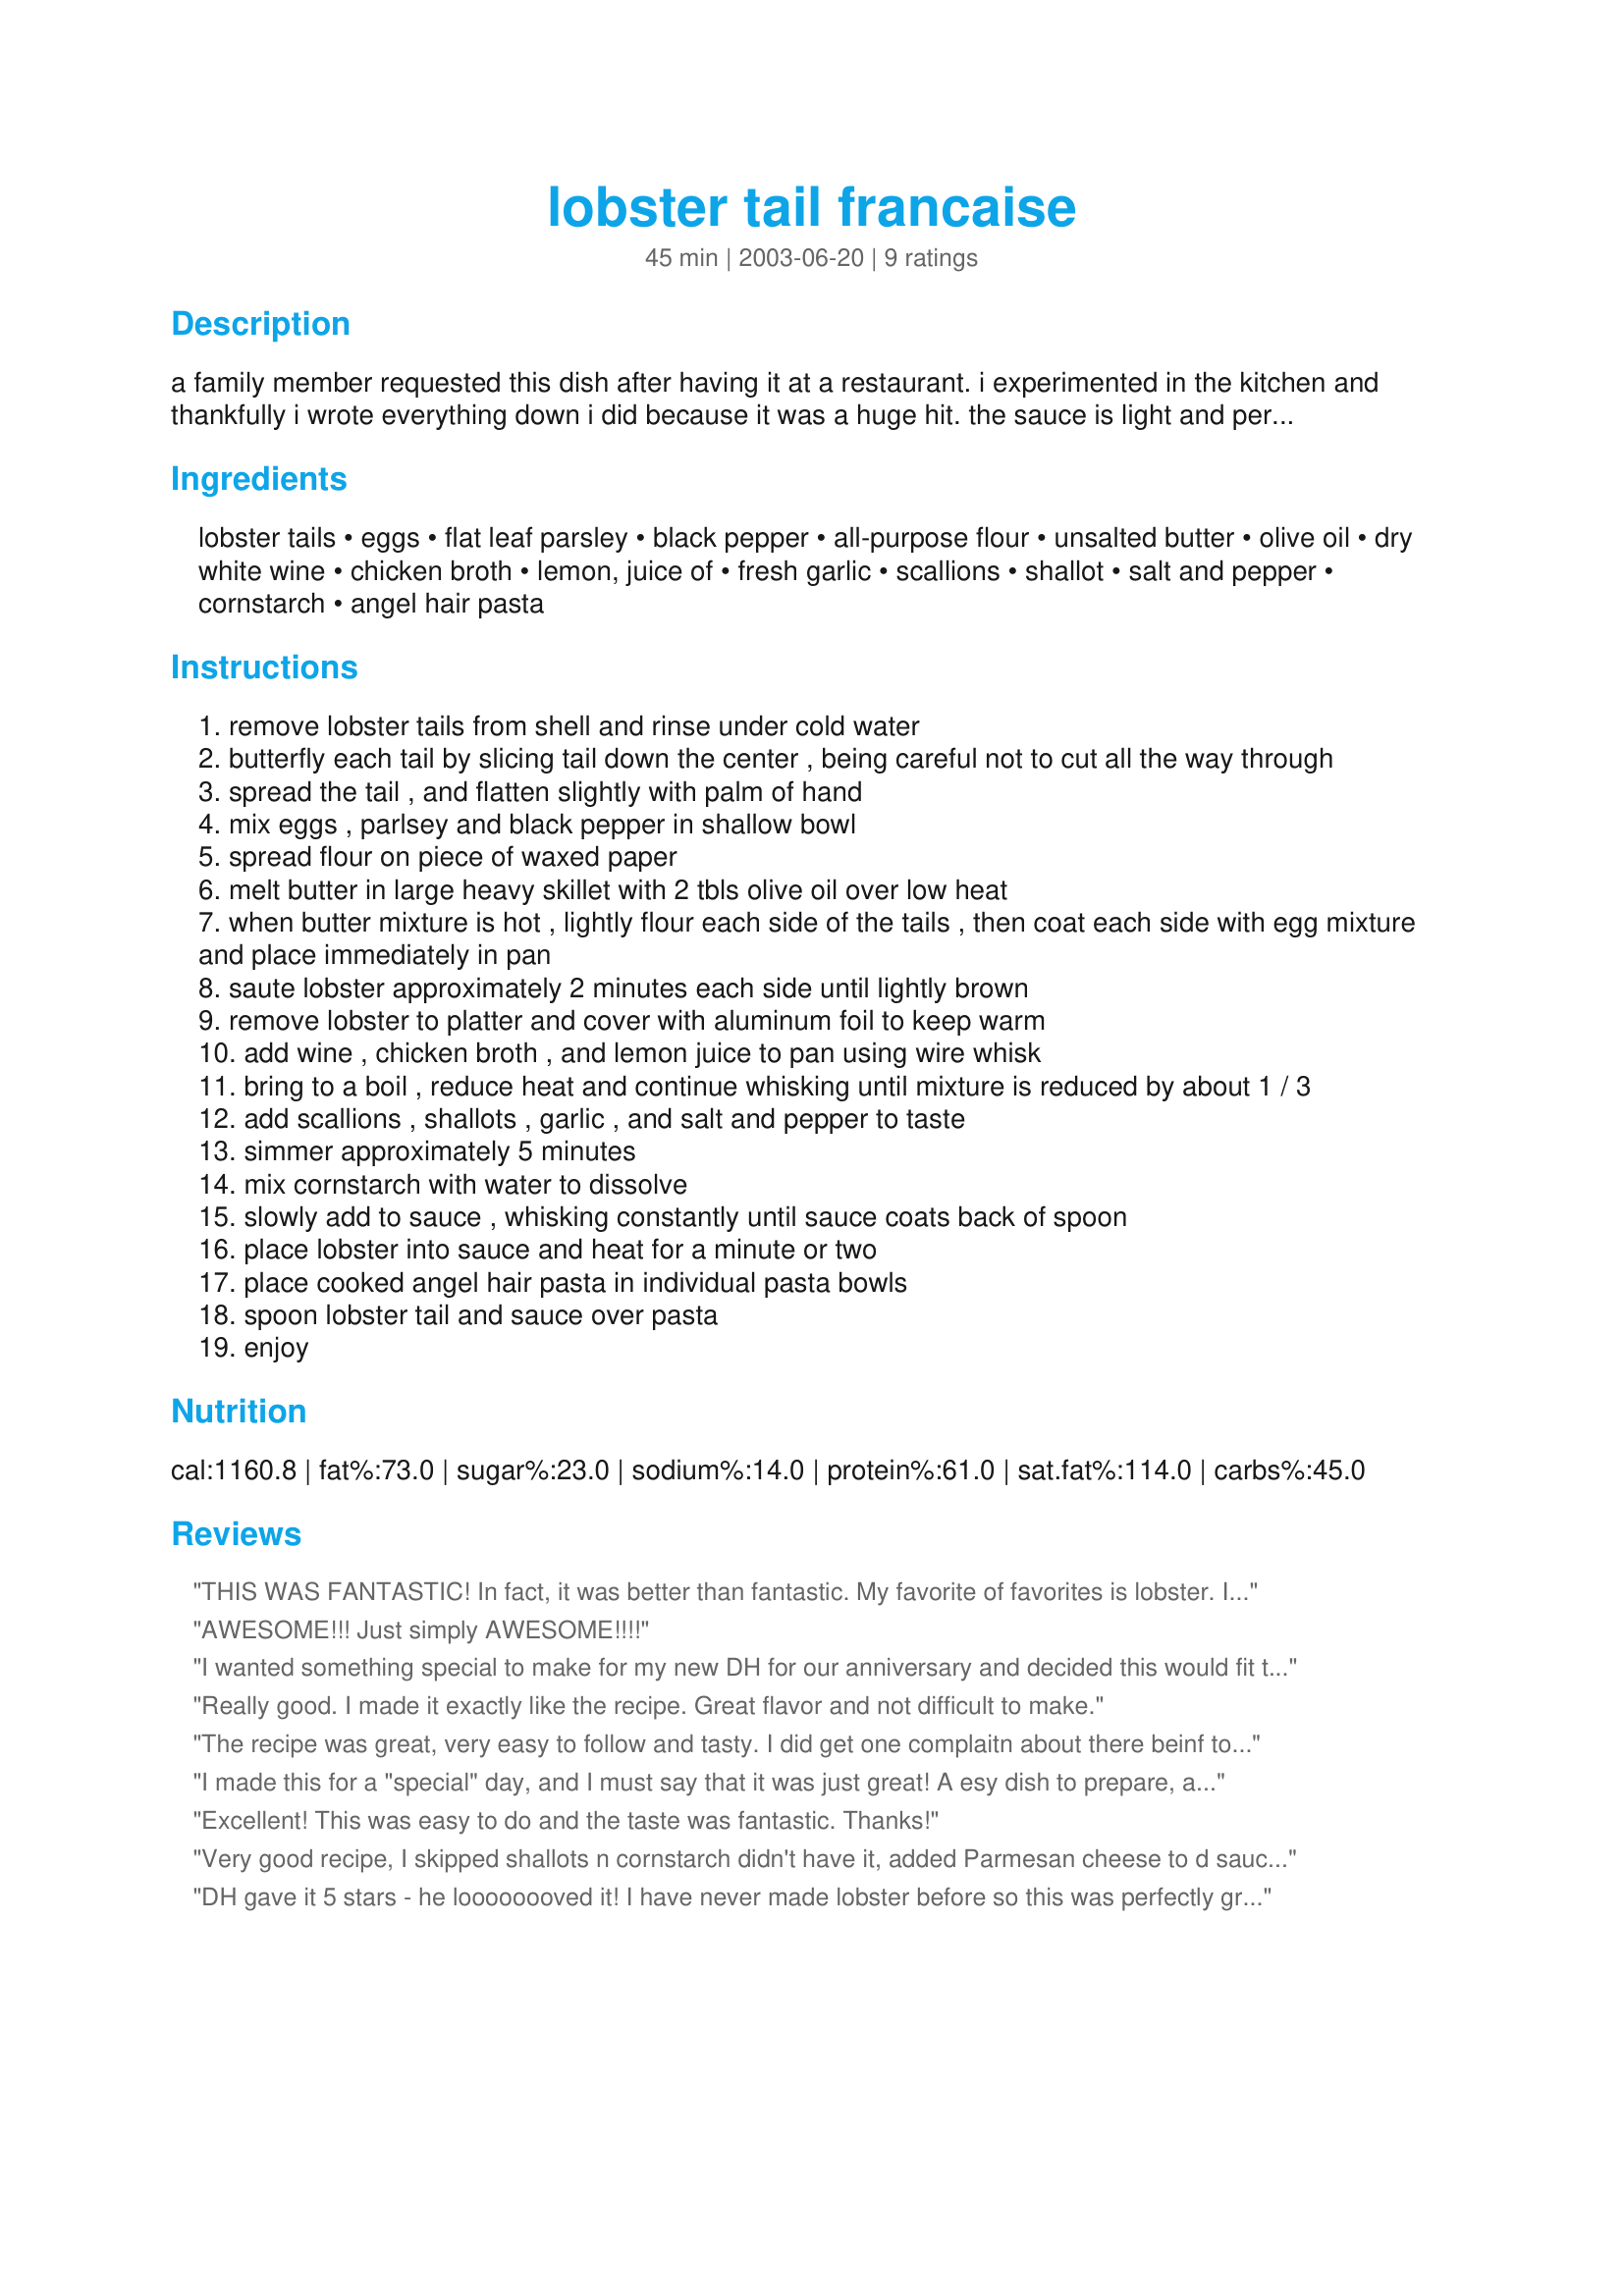
lobster tail francaise
Preparation time: 45 minutes

a family member requested this dish after having it at a restaurant. i experimented in the kitchen and thankfully i wrote everything down i did because it was a huge hit. the sauce is light and perfect for angel hair pasta. hope you enjoy it as much as we did.

Ingredients:
lobster tails, eggs, flat leaf parsley, black pepper, all-purpose flour, unsalted butter, olive oil, dry white wine, chicken broth, lemon, juice of, fresh garlic, scallions, shallot, salt and pepper, cornstarch, angel hair pasta

Steps:
remove lobster tails from shell and rinse under cold water
butterfly each tail by slicing tail down the center , being careful not to cut all the way through
spread the tail , and flatten slightly with palm of hand
mix eggs , parlsey and black pepper in shallow bowl
spread flour on piece of waxed paper
melt butter in large heavy skillet with 2 tbls olive oil over low heat
when butter mixture is hot , lightly flour each side of the tails , then coat each side with egg mixture and place immediately in pan
saute lobster approximately 2 minutes each side until lightly brown
remove lobster to platter and cover with aluminum foil to keep warm
add wine , chicken broth , and lemon juice to pan using wire whisk
bring to a boil , reduce heat and continue whisking until mixture is reduced by about 1 / 3
add scallions , shallots , garlic , and salt and pepper to taste
simmer approximately 5 minutes
mix cornstarch with water to dissolve
slowly add to sauce , whisking constantly until sauce coats back of spoon
place lobster into sauce and heat for a minute or two
place cooked angel hair pasta in individual pasta bowls
spoon lobster tail and sauce over pasta
enjoy

Reviews:
THIS WAS FANTASTIC! In fact, it was better than fantastic. My favorite of favorites is lobster. I used 4 (8 oz) tails and served them on the individual plates over thin spaghetti pasta. Thanks so much for this recipe... Alan Leonetti... E-mail: leonetti00 at aol dot com
AWESOME!!! Just simply AWESOME!!!!
I wanted something special to make for my new DH for our anniversary and decided this would fit the bill. We sat down to eat and he couldn't shovel it in fast enough! I asked him if he liked it and he snorted and gulped and licked his chops, then proceeded to tell me it's one of the best dishes he has ever had. I would say that's a compliment!! I absolutely loved it so it looks like we will be having it again when lobster goes on sale!
Really good. I made it exactly like the recipe. Great flavor and not difficult to make.
The recipe was great, very easy to follow and tasty. I did get one complaitn about there beinf to much lemon in the sauce, but that could just be personal preferance.
I made this for a "special" day, and I must say that it was just great! A esy dish to prepare, and the taste was excellent. Thank you so much for a easy and delicious lobster recipe that even I could not mess up. :)
Excellent! This was easy to do and the taste was fantastic.

Thanks!
Very good recipe, I skipped shallots n cornstarch didn't have it, added Parmesan cheese to d sauce, added paprika to the egg mixture. All gone no left over!
DH gave it 5 stars - he loooooooved it! I have never made lobster before so this was perfectly great for a lobster newbie :) I was out of cornstarch so used flour instead, skipped the scallions, and used 1/2 tsp dried instead of fresh parsley. I served with the pasta and stuffed artichokes.
